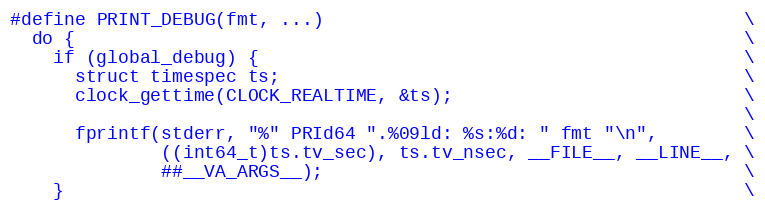
Language: C
#define PRINT_DEBUG(fmt, ...)                                       \
  do {                                                              \
    if (global_debug) {                                             \
      struct timespec ts;                                           \
      clock_gettime(CLOCK_REALTIME, &ts);                           \
                                                                    \
      fprintf(stderr, "%" PRId64 ".%09ld: %s:%d: " fmt "\n",        \
              ((int64_t)ts.tv_sec), ts.tv_nsec, __FILE__, __LINE__, \
              ##__VA_ARGS__);                                       \
    }                                                               \